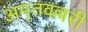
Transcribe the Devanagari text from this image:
अमृतवल्लरी